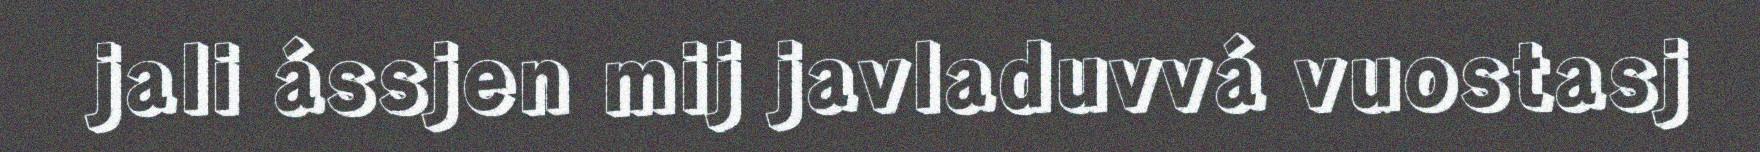
jali ássjen mij javladuvvá vuostasj